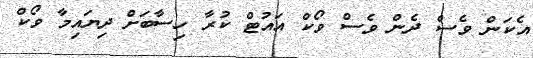
އެކަން ވެސް ދެން ވެސް ވޯކް އައުޓް ކުރާ ހިސާބަށް ދިޔައިމާ ވޯކް